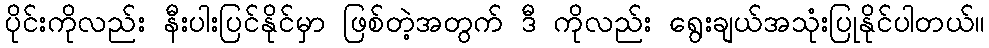
ပိုင်းကိုလည်း နီးပါးပြင်နိုင်မှာ ဖြစ်တဲ့အတွက် ဒီ ကိုလည်း ရွေးချယ်အသုံးပြုနိုင်ပါတယ်။